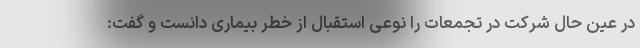
در عین حال شرکت در تجمعات را نوعی استقبال از خطر بیماری دانست و گفت: